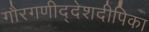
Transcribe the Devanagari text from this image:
गौरगणीद्देशदीपिका